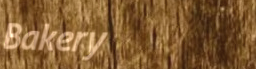
Bakery